Code of medical and sanitary regulations for the guidance of medical officers serving in the Madras Presidency - Volume I
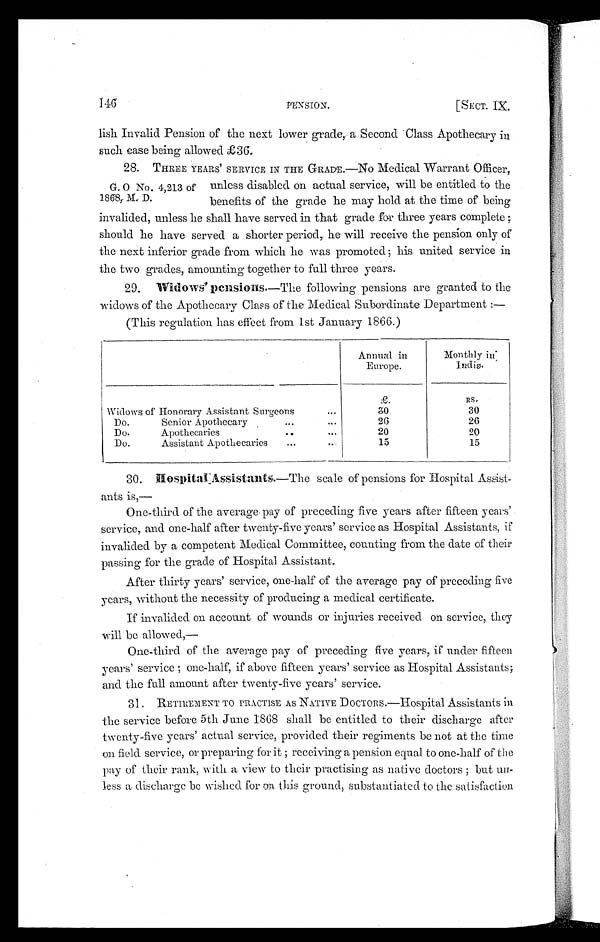
146
PENSION.
[SECT. IX.
lish Invalid Pension of the next lower grade, a Second Class Apothecary in
such case being allowed £36
.
G. O No. 4,213 of
1868, M. D.
28. THREE YEARS' SERVICE IN THE GRADE.—No Medical Warrant Officer,
unless disabled on actual service, will be entitled to the
benefits of the grade he may hold at the time of being
invalided, unless he shall have served in that grade for three years complete ;
should he have served a shorter period, he will receive the pension only of
the next inferior grade from which he was promoted; his united service in
the two grades, amounting together to full three years.
29. Widows' pensions.—The following pensions are granted to the
widows of the Apothecary Class of the Medical Subordinate Department :
—
(This regulation has effect from 1st January 1866.)
Annual in
Europe.
Monthly in
India.
R.
R S .
Widows of Honorary Assistant Surgeons
...
3 0
30
Do. Senior Apothecary
...
...
26
26
Do. Apothecaries
...
...
20
20
Do. Assistant Apothecaries
...
...
15
15
30.
Hospital Assistants.—The scale of pensions for Hospital Assist-
ants is,—
One-third of the average pay of preceding five years after fifteen years'
service, and one-half after twenty-five years' service as Hospital Assistants, if
invalided by a competent Medical Committee, counting from the date of their
passing for the grade of Hospital Assistant.
After thirty years' service, one-half of the average pay of preceding five
years, without the necessity of producing a medical certificate.
If invalided on account of wounds or injuries received on service, they
will be allowed,—
One-third of the average pay of preceding five years, if under fifteen
years' service ; one-half, if above fifteen years' service as Hospital Assistants;
and the fall amount after twenty-five years' service.
31. RETIREMENT TO PRACTISE AS NATIVE DOCTORS.—Hospital Assistants in
the service before 5th June 1868 shall be entitled to their discharge after
twenty-five years' actual service, provided their regiments be not at the time
on field service, or preparing for it ; receiving a pension equal to one-half of the
pay of their rank, with a view to their practising as native doctors ; but un
-less a discharge be wished for on this ground, substantiated to the satisfaction